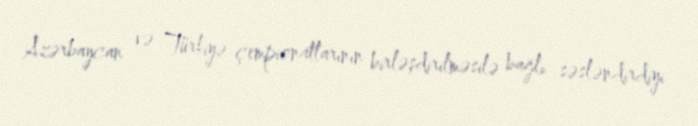
Azərbaycan və Türkiyə çempionatlarının birləşdirilməsilə bağlı səsləndirdiyi